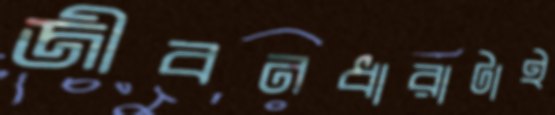
জীবনধারাটাই